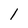
Character: 1